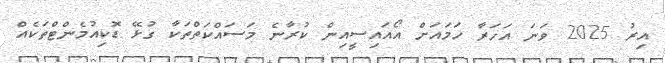
އިރު 2025 ވަނަ އަހަރާ ހަމައަށް އޯއައިސީއިން ކުރާނެ މަސައްކަތްތަކާ ގުޅޭ ޑޮކިއުމެންޓްތަކެއް